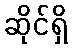
ဆိုင်ရှိ